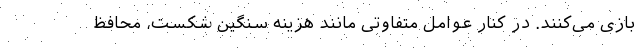
بازی می‌کنند. در کنار عوامل متفاوتی مانند هزینه سنگین شکست، محافظ